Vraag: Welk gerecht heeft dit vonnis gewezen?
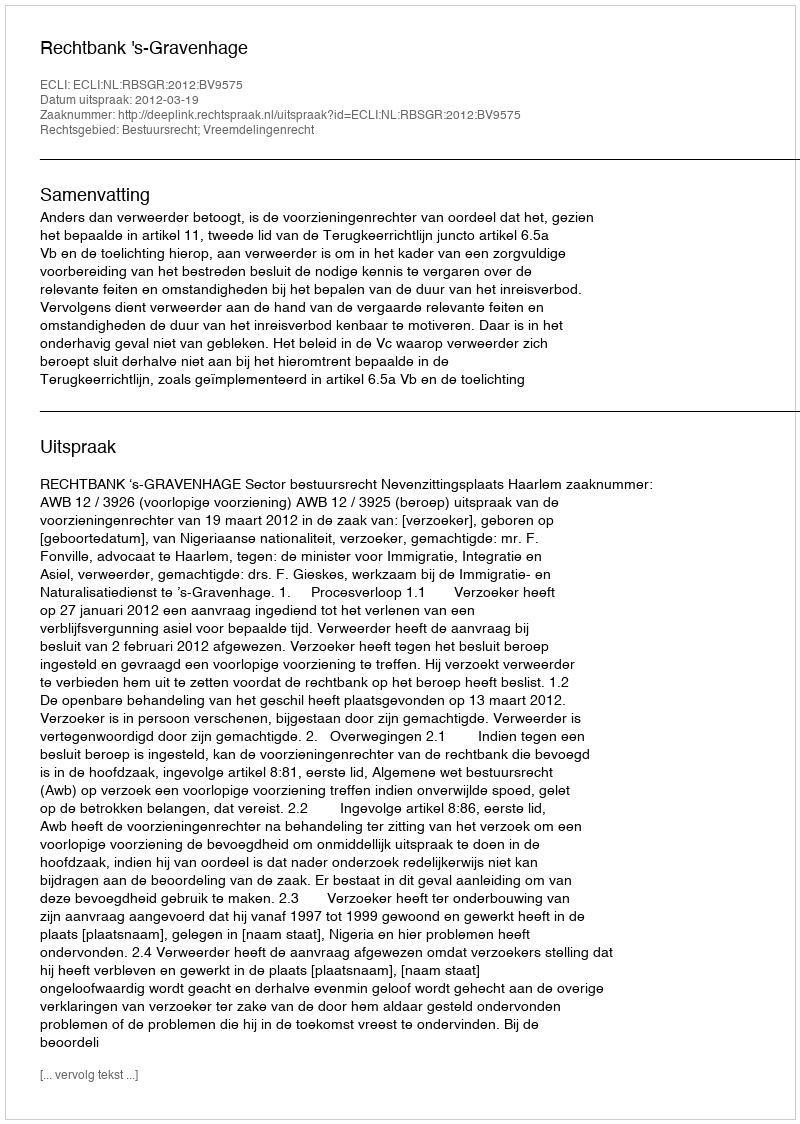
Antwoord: Rechtbank 's-Gravenhage